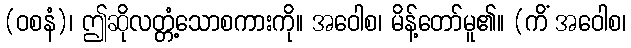
(ဝစနံ)၊ ဤဆိုလတ္တံ့သောစကားကို။ အဝေါစ၊ မိန့်တော်မူ၏။ (ကိံ အဝေါစ၊